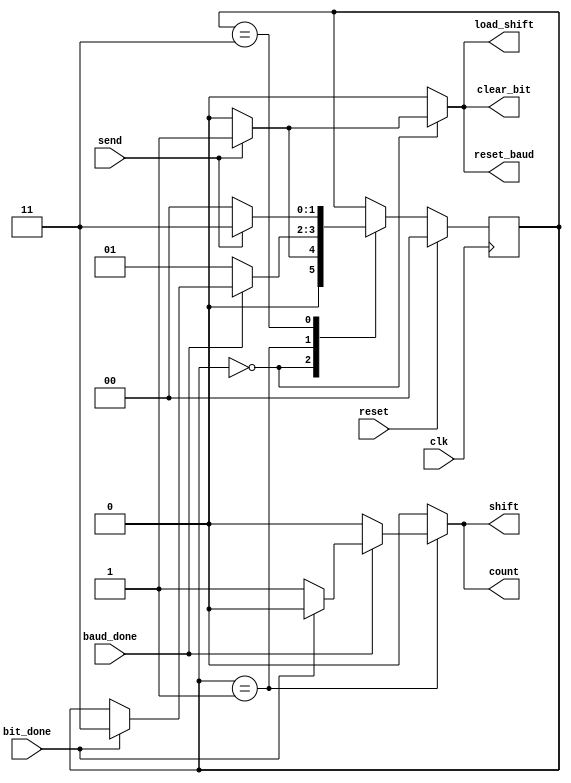
module controller (input send, input reset, input clk, input baud_done, input bit_done, output reg shift,output reg count,output reg reset_baud, output reg clear_bit,output reg load_shift);
//transmitter controller with clk, reset, baud_done, bit_done, as inputs 
//with shift, count, reset baud, clear bit and load shift as outputs

//assign the variables to hold the present and next states
reg [1:0]p_state, n_state;

//set the parameter for each state
parameter P=2'b00, Q=2'b01, S=2'b11;

//The sequential code to synthesise the latches
always @ (posedge clk)
 begin
	if (reset)
		p_state <= P;
	else 
		p_state <= n_state;
end

//The combinational code to perform the baud counter it required
always @ (send, p_state,send,baud_done, bit_done)
	begin 
		//specify the defaults
		reset_baud=0;
		clear_bit=0; 
		load_shift=0;
		count=0;
		shift=0;
		n_state=p_state;
		case (p_state)
			P: 
				begin
					//judge whether the the data send or not
					if(send)
						begin 
							//reset
							clear_bit=1;
							load_shift=1;
							reset_baud=1;
							n_state=Q;
						end
					else 
						n_state=P;
				end
			Q: 
				begin
					if(baud_done)
						begin
							if(bit_done)
								//if baud done and bit done then move next state
								n_state=S;
							else
								begin
									//count and shift
									count=1;
									shift=1;
								end
						end
					else
						n_state=Q;
				end
			S: 
				begin
					if(!send)
						n_state=P;
					else
						n_state=S;
				end
		endcase 
	end
endmodule